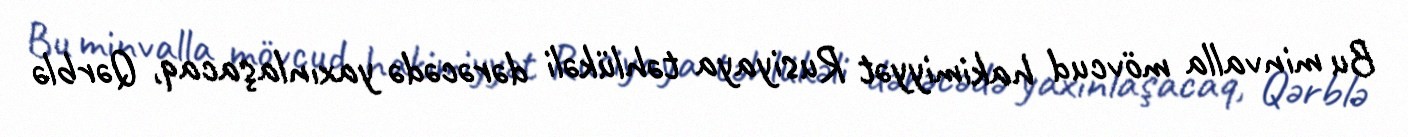
Bu minvalla mövcud hakimiyyət Rusiyaya təhlükəli dərəcədə yaxınlaşacaq, Qərblə